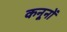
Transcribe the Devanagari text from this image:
कनूनों